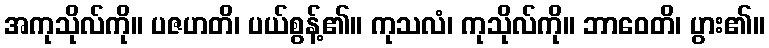
အကုသိုလ်ကို။ ပဇဟတိ၊ ပယ်စွန့်၏။ ကုသလံ၊ ကုသိုလ်ကို။ ဘာဝေတိ၊ ပွား၏။